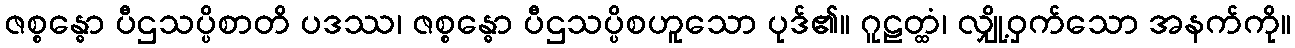
ဇစ္စန္ဓော ပီဌသပ္ပိစာတိ ပဒဿ၊ ဇစ္စန္ဓော ပီဌသပ္ပိစဟူသော ပုဒ်၏။ ဂူဠတ္ထံ၊ လျှို့ဝှက်သော အနက်ကို။